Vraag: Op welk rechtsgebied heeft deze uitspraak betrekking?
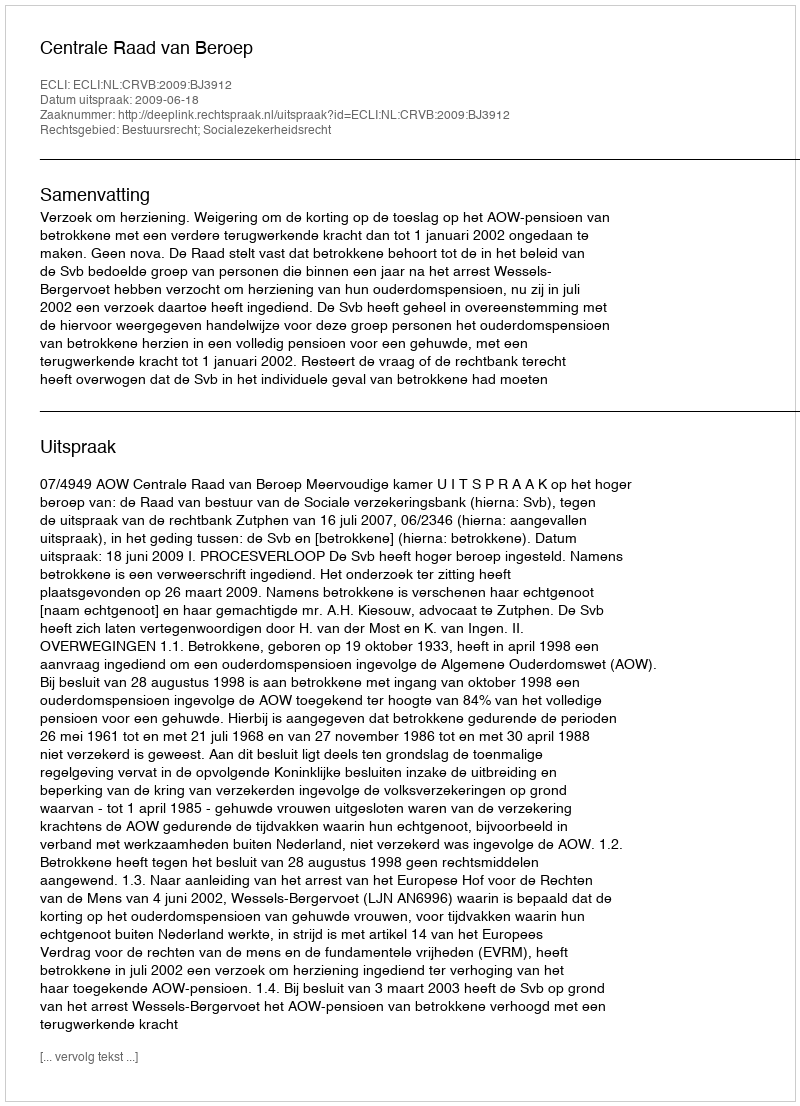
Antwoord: Bestuursrecht; Socialezekerheidsrecht